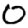
Digit: 0